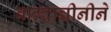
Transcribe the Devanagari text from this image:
बाल्दाच्चीनीने